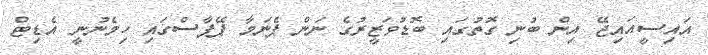
އައިސީއައިޖޭ އިން ބުނި ގޮތުގައި ބޮޑުވަޒީރުގެ ނަން ޕެނަމާ ޕޭޕާސްގައި ހިމެނުނީ އެޑިޓް